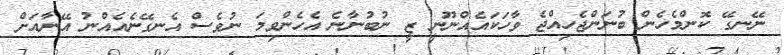
ނޭނގޭ ކޮންމެހެން ބުނަންޖެހިއްޖެ ވާހަކައެއްނޫނީ ޒީ ނުބުނާނެ އެހެންވިމަ ނުވެސް އެނގޭނެއެއްނު އޭނާއަށް